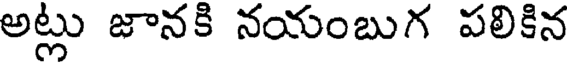
అట్లు జానకి నయంబుగ పలికిన